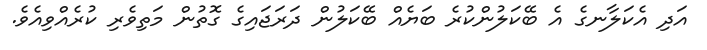
އަދި އެކަލާނގެ އެ ބޭކަލުންކުރެ ބަޔެއް ބޭކަލުން ދަރަޖައިގެ ގޮތުން މަތިވެރި ކުރެއްވިއެވެ.